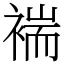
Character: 褍